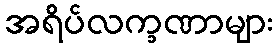
အရိပ်လက္ခဏာများ